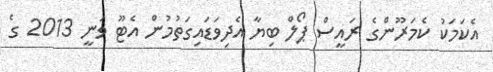
އެކަމަކު ކެމަރޫންގެ ރައީސް ޕޯލް ބިޔާ އެދިވަޑައިގަތުމުން އެޓޫ ވަނީ 2013 ގެ